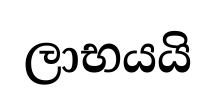
ලාභයයි